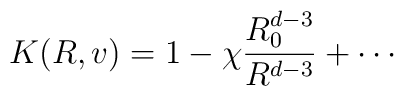
K(R,v) = 1 - \chi \frac{R_0^{d-3}}{R^{d-3}}+ \cdots